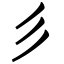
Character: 彡